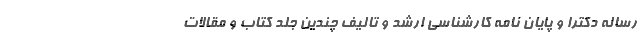
رساله دکترا و پایان نامه کارشناسی ارشد و تالیف چندین جلد کتاب و مقالات